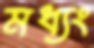
মধ্যং